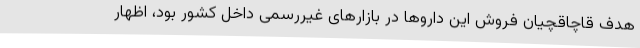
هدف قاچاقچیان فروش این داروها در بازارهای غیررسمی داخل کشور بود، اظهار